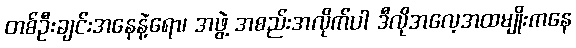
တစ်ဦးချင်းအနေနဲ့ရော၊ အဖွဲ့ အစည်းအလိုက်ပါ ဒီလိုအလေ့အထမျိုးကနေ